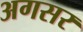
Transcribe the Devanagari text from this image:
अगसर